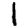
Digit: 1